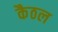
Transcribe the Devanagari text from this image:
कैठल